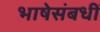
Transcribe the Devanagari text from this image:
भाषेसंबधीं